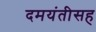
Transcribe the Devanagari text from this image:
दमयंतीसह